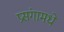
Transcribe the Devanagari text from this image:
प्रसंगामधे